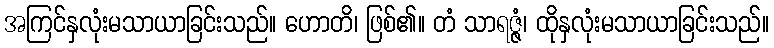
အကြင်နှလုံးမသာယာခြင်းသည်။ ဟောတိ၊ ဖြစ်၏။ တံ သာရဇ္ဇံ၊ ထိုနှလုံးမသာယာခြင်းသည်။